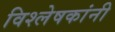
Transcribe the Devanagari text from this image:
विश्लेषकांनी